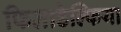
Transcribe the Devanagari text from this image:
फिलाडेल्‍फिया